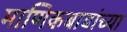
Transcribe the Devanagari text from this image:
माणिकबाबांच्या